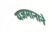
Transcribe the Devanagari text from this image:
यजमानाने